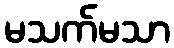
မသက်မသာ